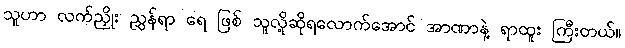
သူဟာ လက်ညှိုး ညွှန်ရာ ရေ ဖြစ် သူလို့ဆိုရလောက်အောင် အာဏာနဲ့ ရာထူး ကြီးတယ်။